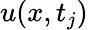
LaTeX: u(x,t_{j})